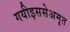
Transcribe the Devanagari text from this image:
गयीइससेअमृत